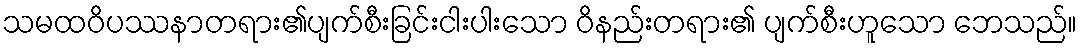
သမထဝိပဿနာတရား၏ပျက်စီးခြင်းငါးပါးသော ဝိနည်းတရား၏ ပျက်စီးဟူသော ဘေသည်။